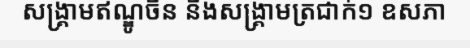
សង្គ្រាមឥណ្ឌូចិន និងសង្គ្រាមត្រជាក់១ ឧសភា